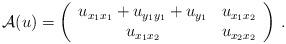
LaTeX: \begin{align*}\mathcal{A}(u)=\left(\begin{array}{cc}u_{x_1x_1}+u_{y_1y_1}+u_{y_1} & u_{x_1x_2}\\u_{x_1x_2} & u_{x_2x_2}\end{array}\right)\,. \end{align*}